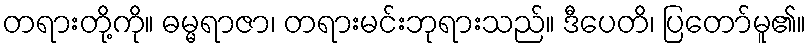
တရားတို့ကို။ ဓမ္မရာဇာ၊ တရားမင်းဘုရားသည်။ ဒီပေတိ၊ ပြတော်မူ၏။